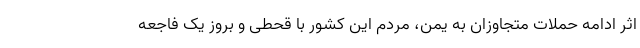
اثر ادامه حملات متجاوزان به یمن، مردم این کشور با قحطی و بروز یک فاجعه